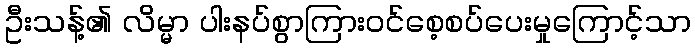
ဦးသန့်၏ လိမ္မာ ပါးနပ်စွာကြားဝင်စေ့စပ်ပေးမှုကြောင့်သာ